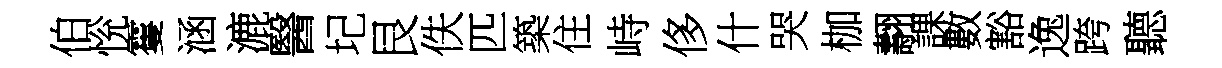
伯恱䨥涵漉醫圮艮佚匹築住峙侈什哭枷翿課數豁逸跨聽